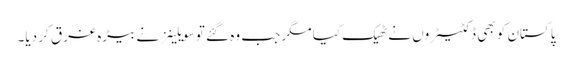
پاکستان کو بھی ڈکٹیٹروں نے ٹھیک کیا مگر جب وہ گئے تو سویلینز نے بیڑہ غرق کر دیا۔